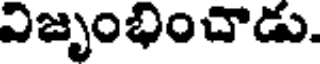
విజృంభించాడు.